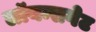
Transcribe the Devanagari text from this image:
लॉयन्सगेट